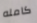
كامله